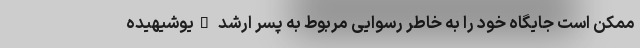
ممکن است جایگاه خود را به خاطر رسوایی مربوط به پسر ارشد "یوشیهیده